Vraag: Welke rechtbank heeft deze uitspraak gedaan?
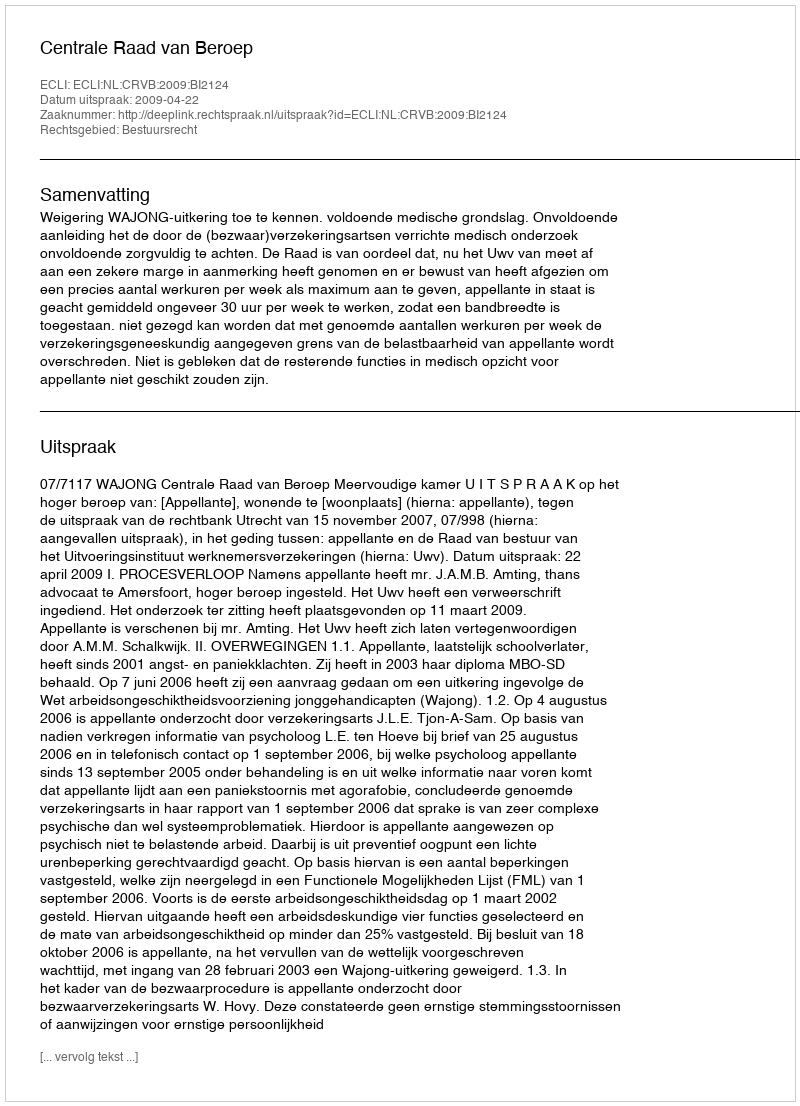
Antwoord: Centrale Raad van Beroep